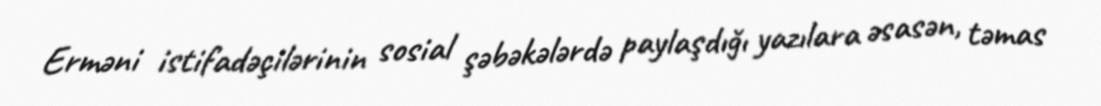
Erməni istifadəçilərinin sosial şəbəkələrdə paylaşdığı yazılara əsasən, təmas